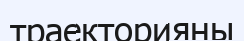
траекторияны